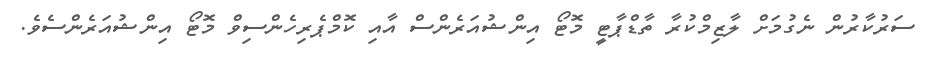
ސަރުކާރުން ނެގުމަށް ލާޒިމްކުރާ ތާޑްޕާޓީ މޮޓޯ އިންޝުއަރެންސް އާއި ކޮމްޕެރިހެންސިވް މޮޓޯ އިންޝުއަރެންސެވެ.